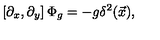
\left[ \partial _ { x } , \partial _ { y } \right] \Phi _ { g } = - g \delta ^ { 2 } ( \vec { x } ) ,